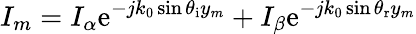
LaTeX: I_{m}=I_{\alpha}\mathrm{e}^{-jk_{0}\sin\theta_{\mathrm{{i}}}y_{m}}+I_{\beta}\mathrm{e}^{-jk_{0}\sin\theta_{\mathrm{{r}}}y_{m}}